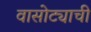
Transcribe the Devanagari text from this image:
वासोट्याची